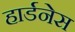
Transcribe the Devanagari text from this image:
हार्डनेस